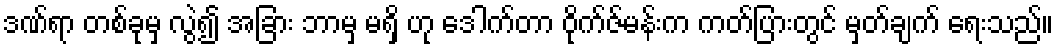
ဒဏ်ရာ တစ်ခုမှ လွဲ၍ အခြား ဘာမှ မရှိ ဟု ဒေါက်တာ ဝိုက်ဇ်မန်းက ကတ်ပြားတွင် မှတ်ချက် ရေးသည်။